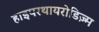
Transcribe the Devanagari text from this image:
हाइपरथायरोडिज़्म